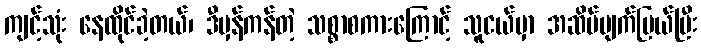
ကျင့်သုံး နေထိုင်ခဲ့တယ်၊ ဒီမှန်ကန်တဲ့ သစ္စာစကားကြောင့် သူငယ်မှာ အဆိပ်ပျက်ပြယ်ပြီး